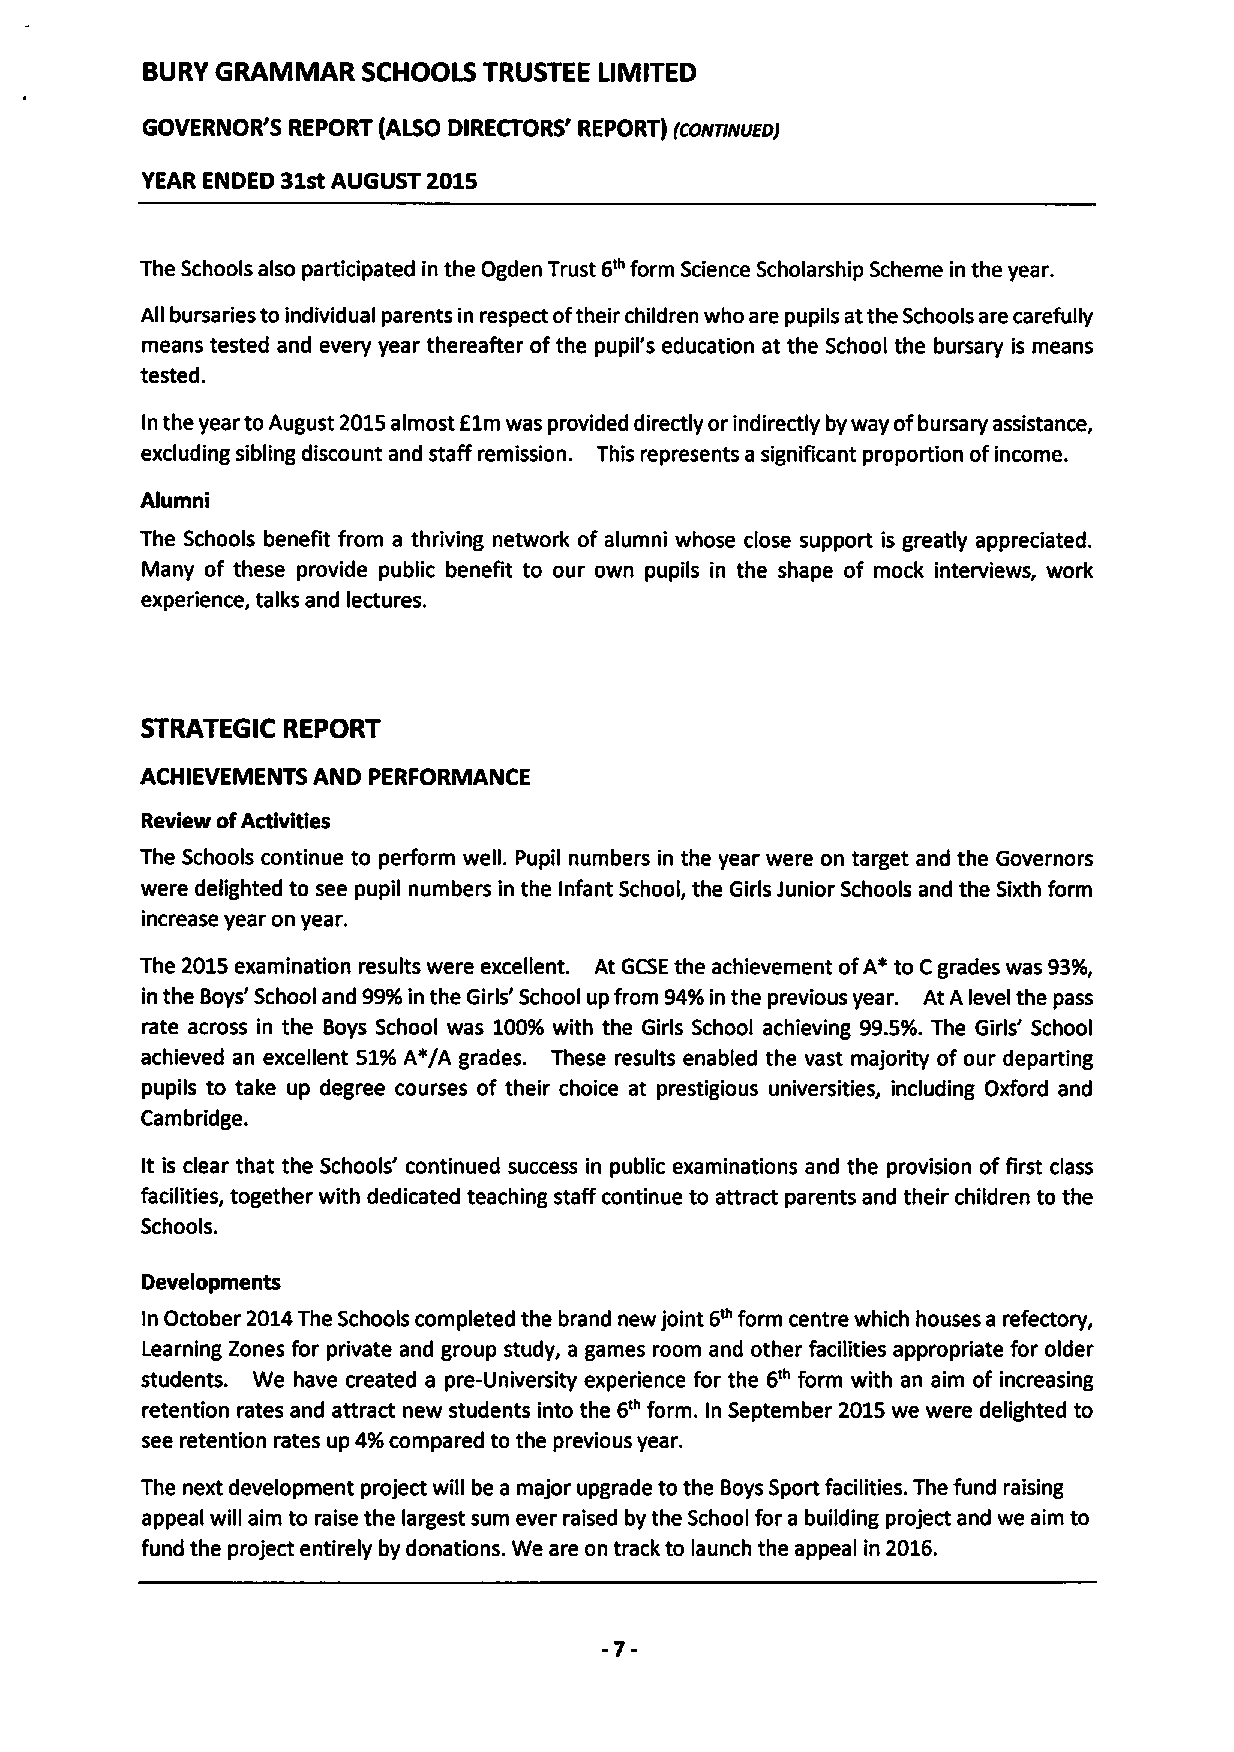
BURY GRAMMAR   SCHOOLS TRUSTEE LIMITED
 GOVERNOR'S REPORT (ALSO DIRECTORS' REPORT) (cOHTINUEDJ
 YEAR ENDED 31stAUGUST 2015
 The Schools also participated in the Ogden Trust 6'" form Science Scholarship Scheme in the year.
 All bursaries to individual parents in respect oftheir children who are pupils atthe Schools are carefully
 means tested and every year thereafter ofthe pupil's education at the School the bursary is means
 tested.
 In the year to August 2015almost E1mwas provided directly orindirectly by way ofbursary assistance,
 excluding sibling discount and staff remission. This represents a significant proportion ofincome.
 Alumni
 The Schools benefit from a thriving network of alumni whose close support is greatly appreciated.
 Many of these provide public benefit to our own pupils in the shape of mock interviews, work
 experience, talks and lectures.
 STRATEGIC REPORT
 ACHIEVEMENTS AND PERFORMANCE
 Review ofActivities
 The Schools continue to perform well. Pupil numbers in the year were on target and the Governors
 were delighted to see pupil numbers in the Infant School, the Girls Junior Schools and the Sixth form
 increase year on year.
 The 2015examination results were excellent. At GCSEthe achievement ofA*to Cgrades was 93%,
 in the Boys' School and 99%in the Girls' School up from 94%in the previous year. At A level the pass
 rate across in the Boys School was 100%with the Girls School achieving 99.5%.The Girls' School
 achieved an excellent 51%A'/A grades. These results enabled the vast majority of our departing
 pupils to take up degree courses of their choice at prestigious universities, including Oxford and
 Cambridge.
 It is clear that the Schools' continued success in public examinations and the provision offirst class
 facilities, together with dedicated teaching staff continue to attract parents and their children to the
 Schools.
 Developments
 In October 2014The Schools completed the brand new joint 6~form centre which houses a refectory,
 Learning Zones for private and group study, a games room and other facilities appropriate for older
 students. We have created a pre-University experience for the 6~ form with an aim of increasing
 retention rates and attract new students into the 6'" form. In September 2015we were delighted to
 see retention rates up 4%compared to the previous year.
 The next development project will be a major upgrade to the Boys Sport facilities. The fund raising
 appeal will aim to raise the largest sum ever raised by the School for a building project and we aim to
 fund the project entirely by donations. We are on track to launch the appeal in 2016.
 -7-